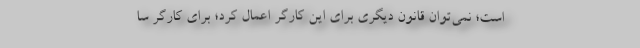
است؛ نمی‌توان قانون دیگری برای این کارگر اعمال کرد؛ برای کارگر سا